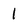
Character: 1